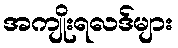
အကျိုးရလဒ်များ